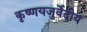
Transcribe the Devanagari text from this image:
कृष्णयजुर्वेदीय